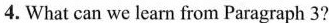
4. What can we leam from Paragraph 3?